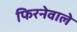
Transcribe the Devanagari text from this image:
फिरनेवाले